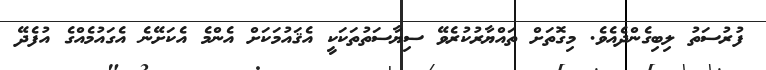
ފުރުސަތު ލިބިގެންދެއެވެ. މިގޮތަށް ތައްޔާރުކުރެވޭ ސިޔާސަތުތަކަކީ އެޤައުމަކަށް އެންމެ އެކަށޭނެ އެގައުމެއްގެ އުފެދޭ